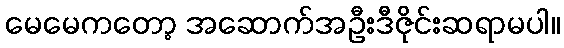
မေမေကတော့ အဆောက်အဦးဒီဇိုင်းဆရာမပါ။